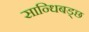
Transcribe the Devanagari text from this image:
सान्धिबड्छ